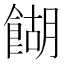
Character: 餬